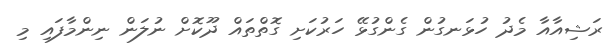
ރަޝިއާއާ މެދު ހުޅަނގުން ގެންގުޅޭ ހަރުކަށި ގޮތްތައް ދޫކޮށް ނުލަން ނިންމާފައި މި